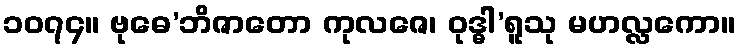
၁၀၇၄။ ဗုဓေ’ဘိဇာတော ကုလဇေ၊ ဝုဒ္ဓါ’ရူသု မဟလ္လကော။